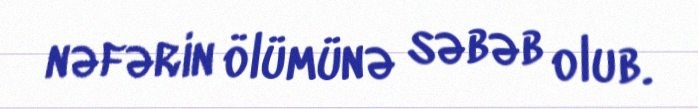
nəfərin ölümünə səbəb olub.